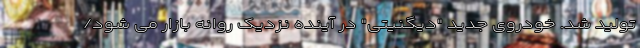
تولید شد. خودروی جدید "دیگنیتی" در آینده نزدیک روانه بازار می شود/